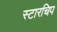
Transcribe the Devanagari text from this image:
स्टारचिप